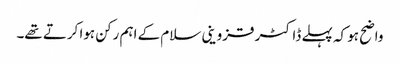
واضح ہو کہ پہلے ڈاکٹر قزوینی سلام کے اہم رکن ہوا کرتے تھے۔